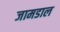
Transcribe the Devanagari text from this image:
जामडाल